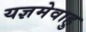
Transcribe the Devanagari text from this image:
यज्ञमेवाहु